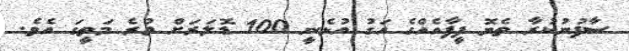
ސާފުނުކުރާ ތެޔޮ ފީފާއެއްގެ އަގު އުޅެނީ 100 ޑޮލަރަށް ވުރެ މަތީގަ އެވެ.